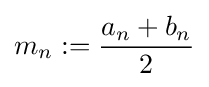
m_{n}:={\frac {a_{n}+b_{n}}{2}}